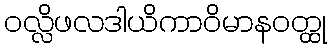
ဝလ္လိဖလဒါယိကာဝိမာနဝတ္ထု